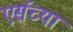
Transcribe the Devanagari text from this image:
एर्सच्या